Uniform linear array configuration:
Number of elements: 16
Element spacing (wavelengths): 0.25
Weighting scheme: hamming
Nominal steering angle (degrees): -60
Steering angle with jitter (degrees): -61.35
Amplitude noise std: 0.05
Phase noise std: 0.05

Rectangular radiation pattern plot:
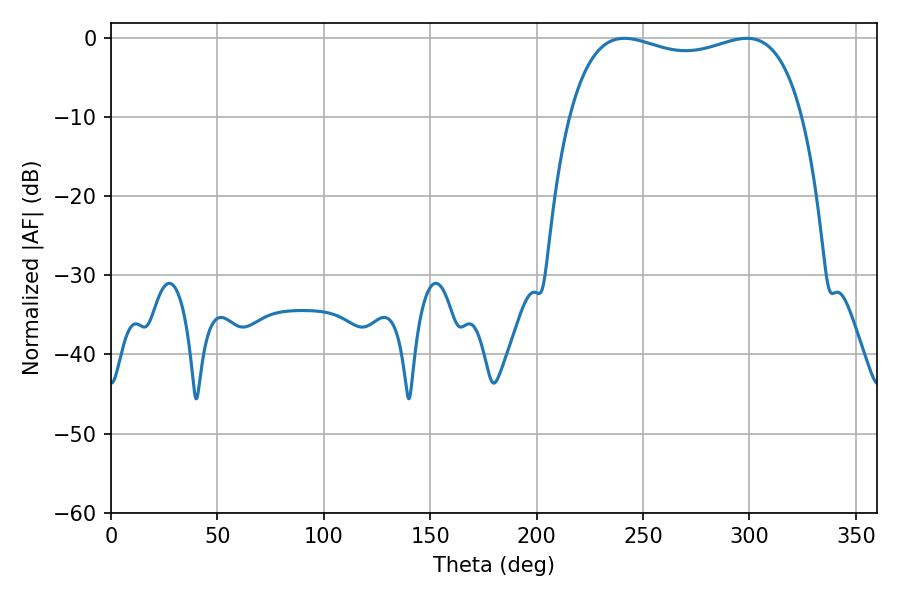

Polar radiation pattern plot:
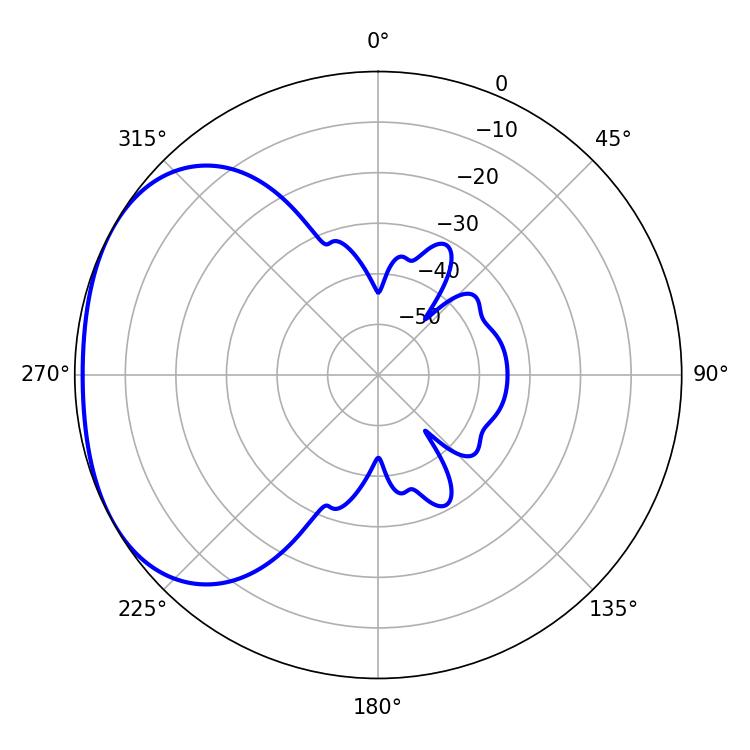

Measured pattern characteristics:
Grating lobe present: FALSE
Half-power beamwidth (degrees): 89.64
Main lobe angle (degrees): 241.2